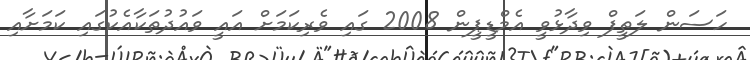
ހަސަން ލަތީފް ވިދާޅުވީ އެމްޑީޕީން 2008 ގައި ވެރިކަމަށް އައީ ވައުދުތަކާއެކުގައި ކަމަށާއި